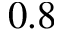
0 . 8